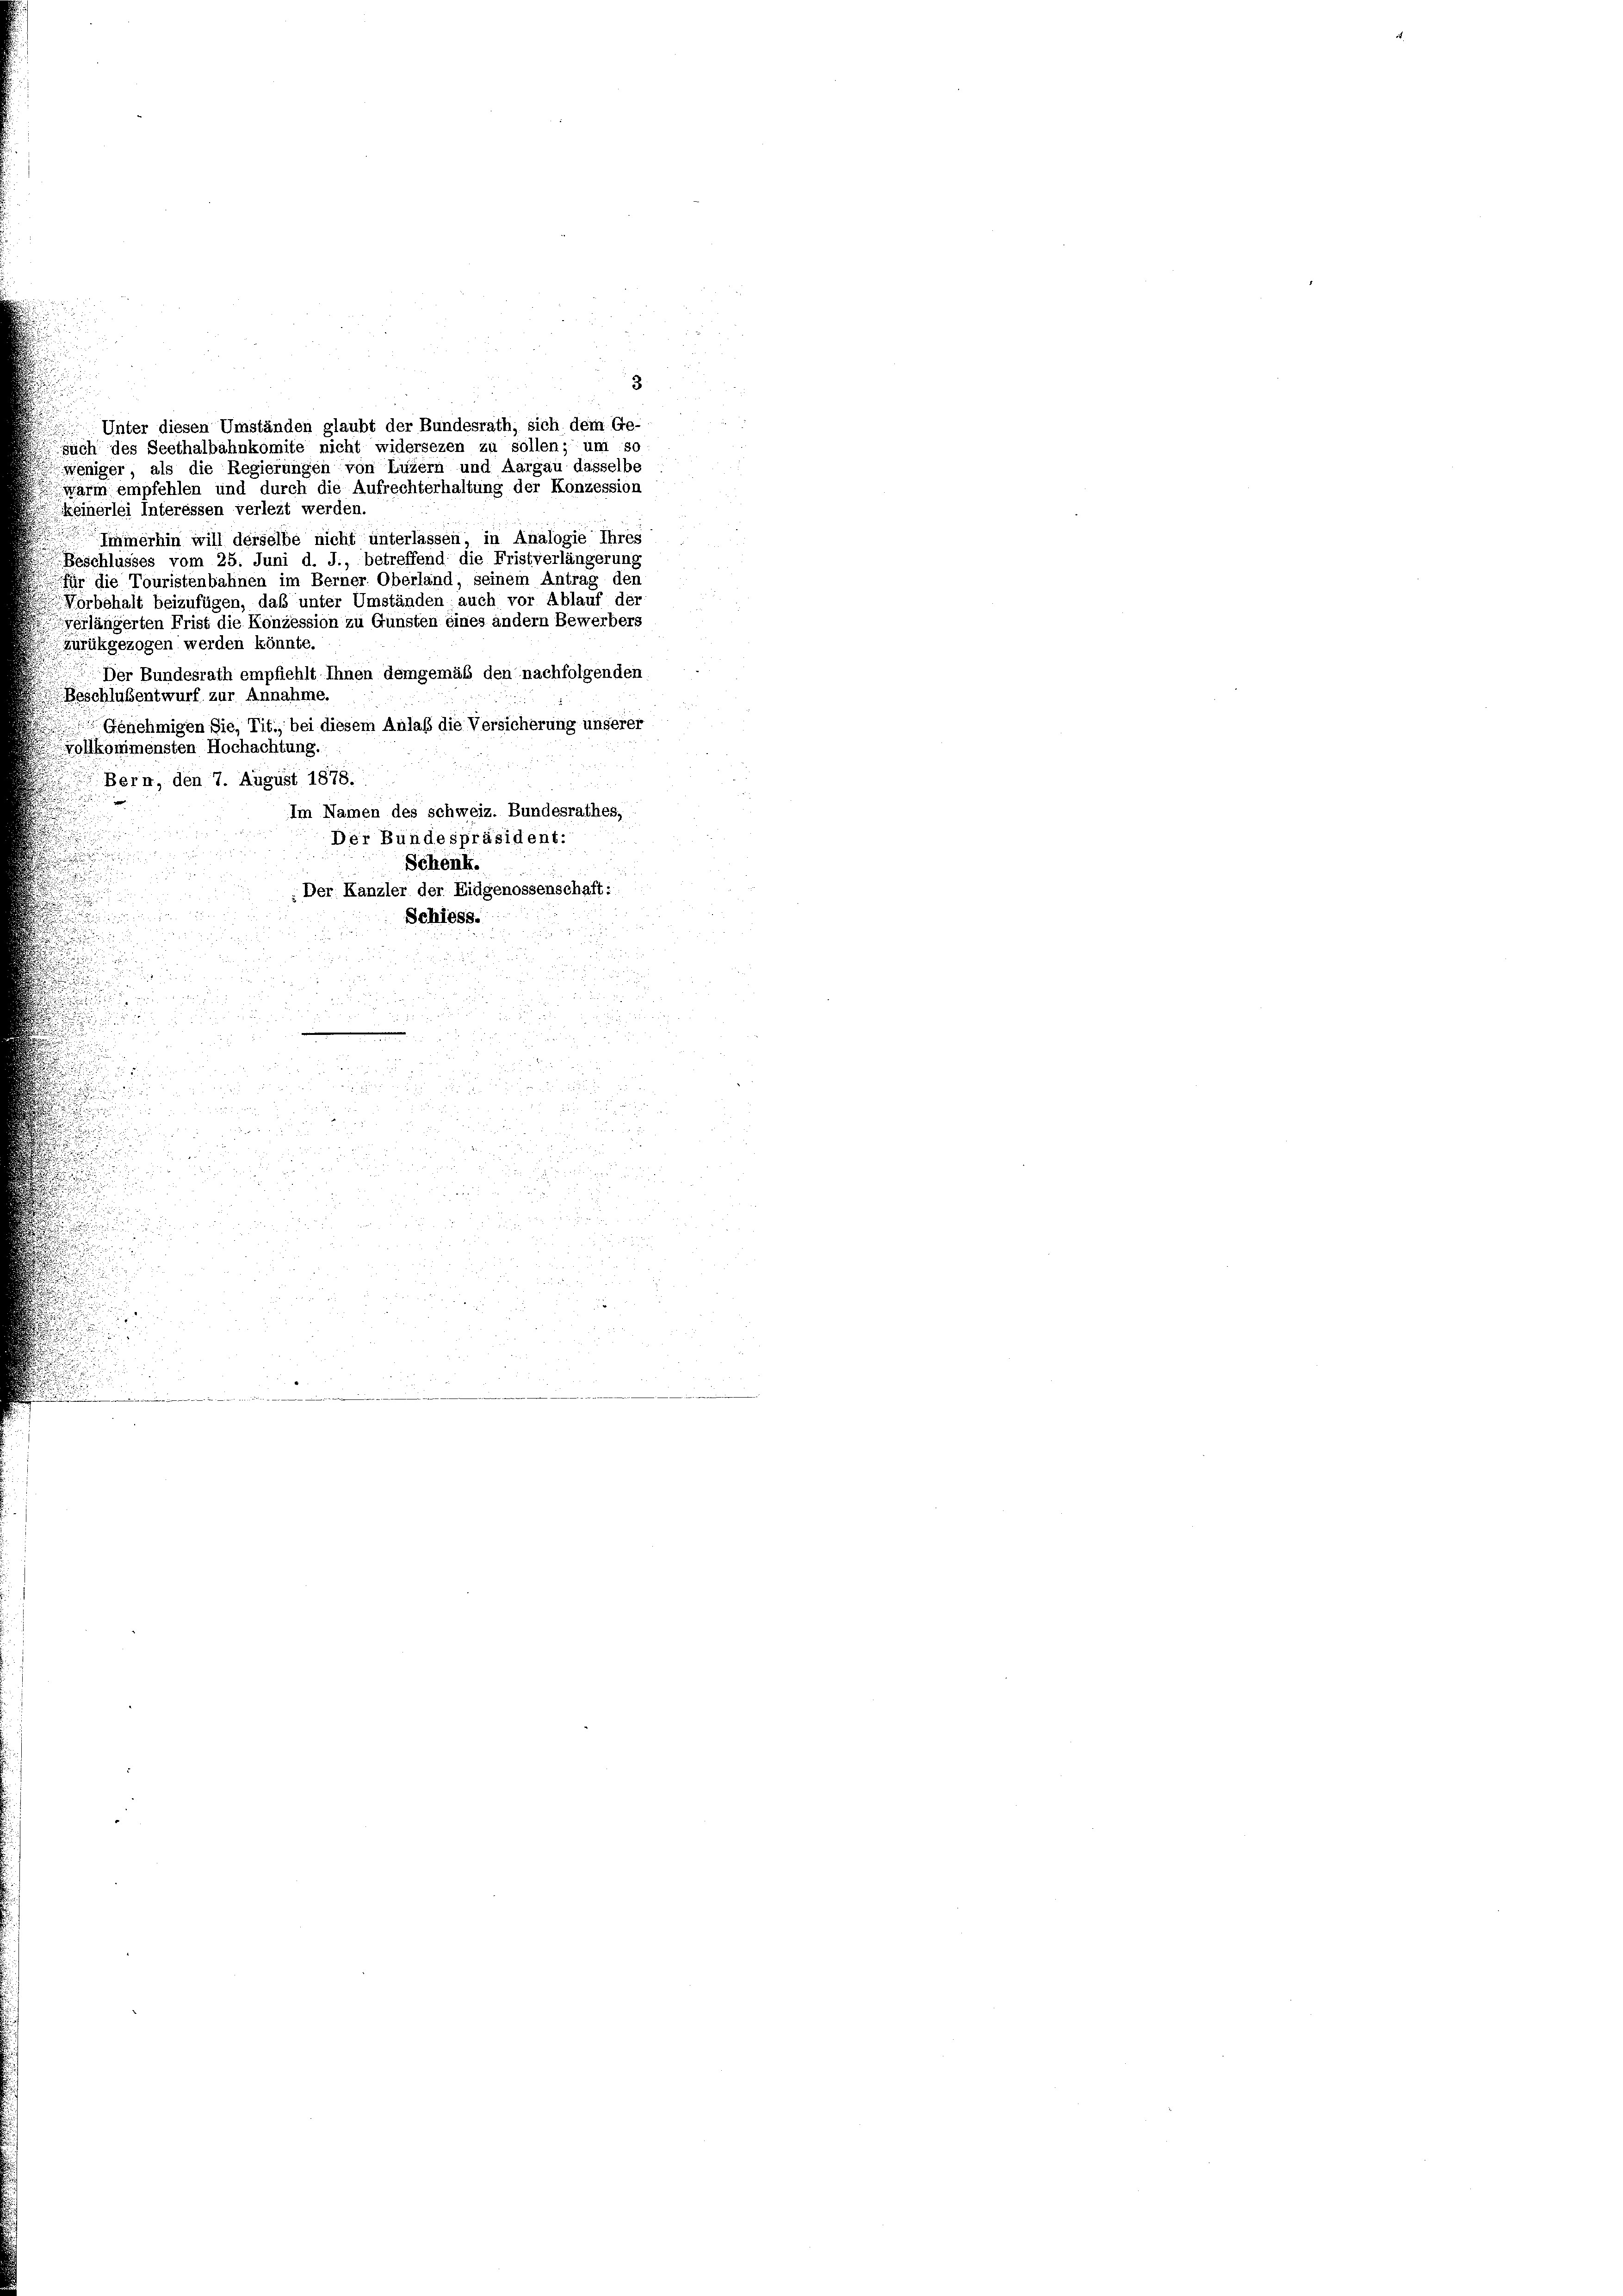
Unter diesen Umständen glaubt der Bundesrath, sich dem Ge-
such des Seethalbahnkomite nicht widersezen zu sollen; um so
weniger, als die Regierungen von Luzern und Aargau dasselbe
warm empfehlen und durch die Aufrechterhaltung der Konzession
keinerlei Interessen verlegt werden.
Immerhin will derselbe nicht unterlassen, in Analogie Ihres
Beschlusses vom 25. Juni d. J., betreffend die Fristverlängerung
für die Touristenbahnen im Berner Oberland, seinem Antrag den
Norbehalt beizufügen, daß unter Umständen, auch vor Ablauf der
Verlängerten Frist die Konzession zu Gunsten eines andern Bewerbers
zurückgezogen werden könnte.
Der Bundesrath empfiehlt Ihnen demgemäß den nachfolgenden
Beschlussentwurf zur Annahme.
 Genehmigen Sie, Tit., bei diesem Anlaß die Versicherung unserer
Vollkommensten Hochachtung.
Bern, den 7. August 1878.
Im Namen des schweiz. Bundesrathes,
Der Bundespräsident:
Schenk.
.Der Kanzler der Eidgenossenschaft:
Schiess.

8

.

3